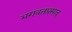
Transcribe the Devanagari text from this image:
भगवतप्रसाद